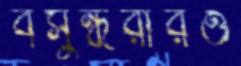
বসুন্ধরারও